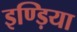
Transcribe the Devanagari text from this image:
इण्ड़िया